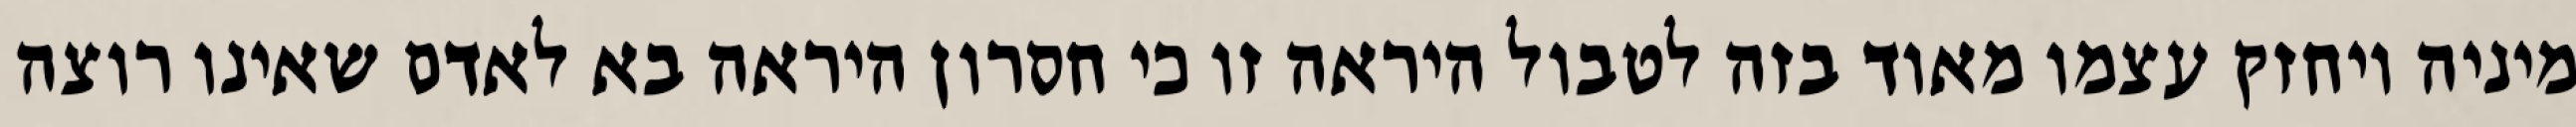
מיניה ויחזק עצמו מאוד בזה לטבול היראה זו כי חסרון היראה בא לאדם שאינו רוצה